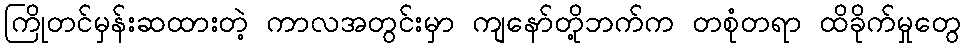
ကြိုတင်မှန်းဆထားတဲ့ ကာလအတွင်းမှာ ကျနော်တို့ဘက်က တစုံတရာ ထိခိုက်မှုတွေ